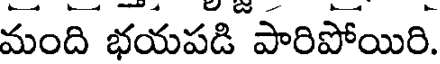
మంది భయపడి పారిపోయిరి.